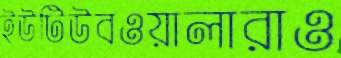
ইউটিউবওয়ালারাও